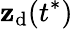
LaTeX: \mathbf{z}_{\mathrm{{d}}}(t^{*})